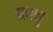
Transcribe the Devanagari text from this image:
बधणु